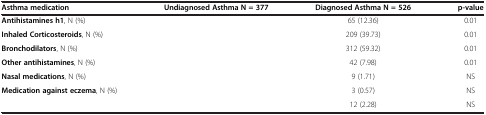
<table><thead><tr><td><b>Asthma medication</b></td><td><b>Undiagnosed Asthma N = 377</b></td><td><b>Diagnosed Asthma N = 526</b></td><td><b>p-value</b></td></tr></thead><tbody><tr><td><b>Antihistamines h1</b>, N (%)</td><td>[EMPTY_CELL]</td><td>65 (12.36)</td><td>0.01</td></tr><tr><td><b>Inhaled Corticosteroids</b>, N (%)</td><td>[EMPTY_CELL]</td><td>209 (39.73)</td><td>0.01</td></tr><tr><td><b>Bronchodilators</b>, N (%)</td><td>[EMPTY_CELL]</td><td>312 (59.32)</td><td>0.01</td></tr><tr><td><b>Other antihistamines</b>, N (%)</td><td>[EMPTY_CELL]</td><td>42 (7.98)</td><td>0.01</td></tr><tr><td><b>Nasal medications</b>, N (%)</td><td>[EMPTY_CELL]</td><td>9 (1.71)</td><td>NS</td></tr><tr><td><b>Medication against eczema</b>, N (%)</td><td>[EMPTY_CELL]</td><td>3 (0.57)</td><td>NS</td></tr><tr><td>[EMPTY_CELL]</td><td>[EMPTY_CELL]</td><td>12 (2.28)</td><td>NS</td></tr></tbody></table>